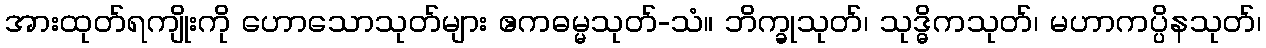
အားထုတ်ရကျိုးကို ဟောသောသုတ်များ ဧကဓမ္မသုတ်-သံ။ ဘိက္ခုသုတ်၊ သုဒ္ဓိကသုတ်၊ မဟာကပ္ပိနသုတ်၊